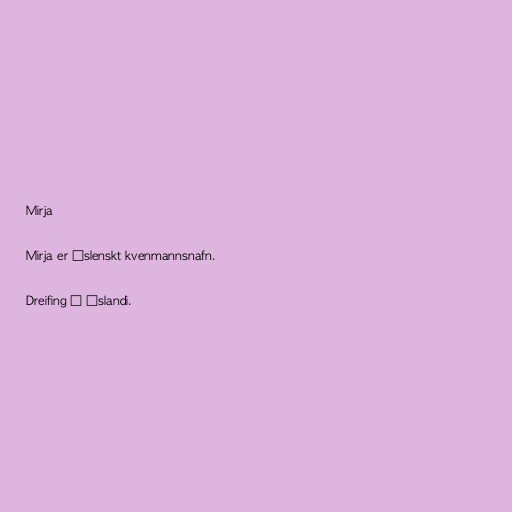
Mirja

Mirja er íslenskt kvenmannsnafn.

Dreifing á Íslandi.